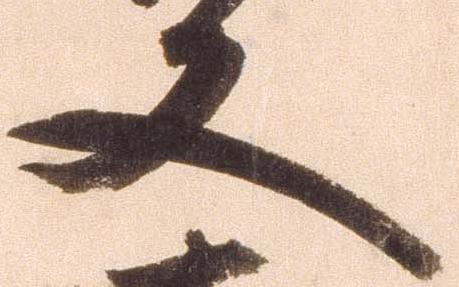
又